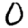
Digit: 0